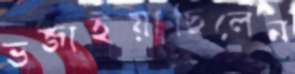
ভজাইয়াছিলেন